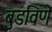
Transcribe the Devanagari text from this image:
बुडविणे